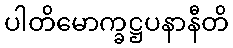
ပါတိမောက္ခဋ္ဌပနာနီတိ